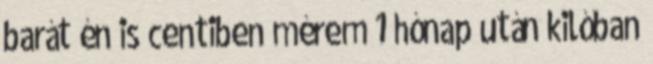
barát én is centiben mérem 1 hónap után kilóban